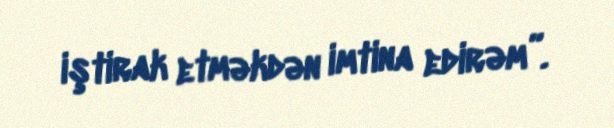
iştirak etməkdən imtina edirəm”.